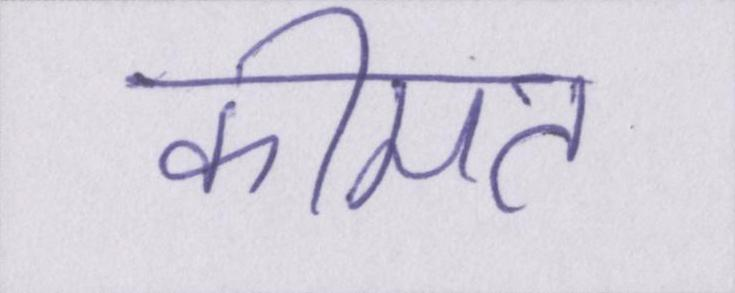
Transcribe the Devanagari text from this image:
कीमत